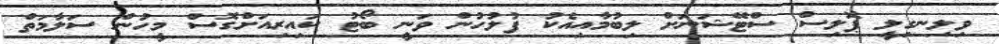
ވިލިނގިލީ ޕޮލިސް ސްޓޭޝަނަށް ލިބުމާއިއެކު ފުލުހުން ވަނީ ބޯޓު ކައިރިއަށްގޮސް މީހުން ސަލާމަތް